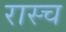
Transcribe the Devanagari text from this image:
रास्च